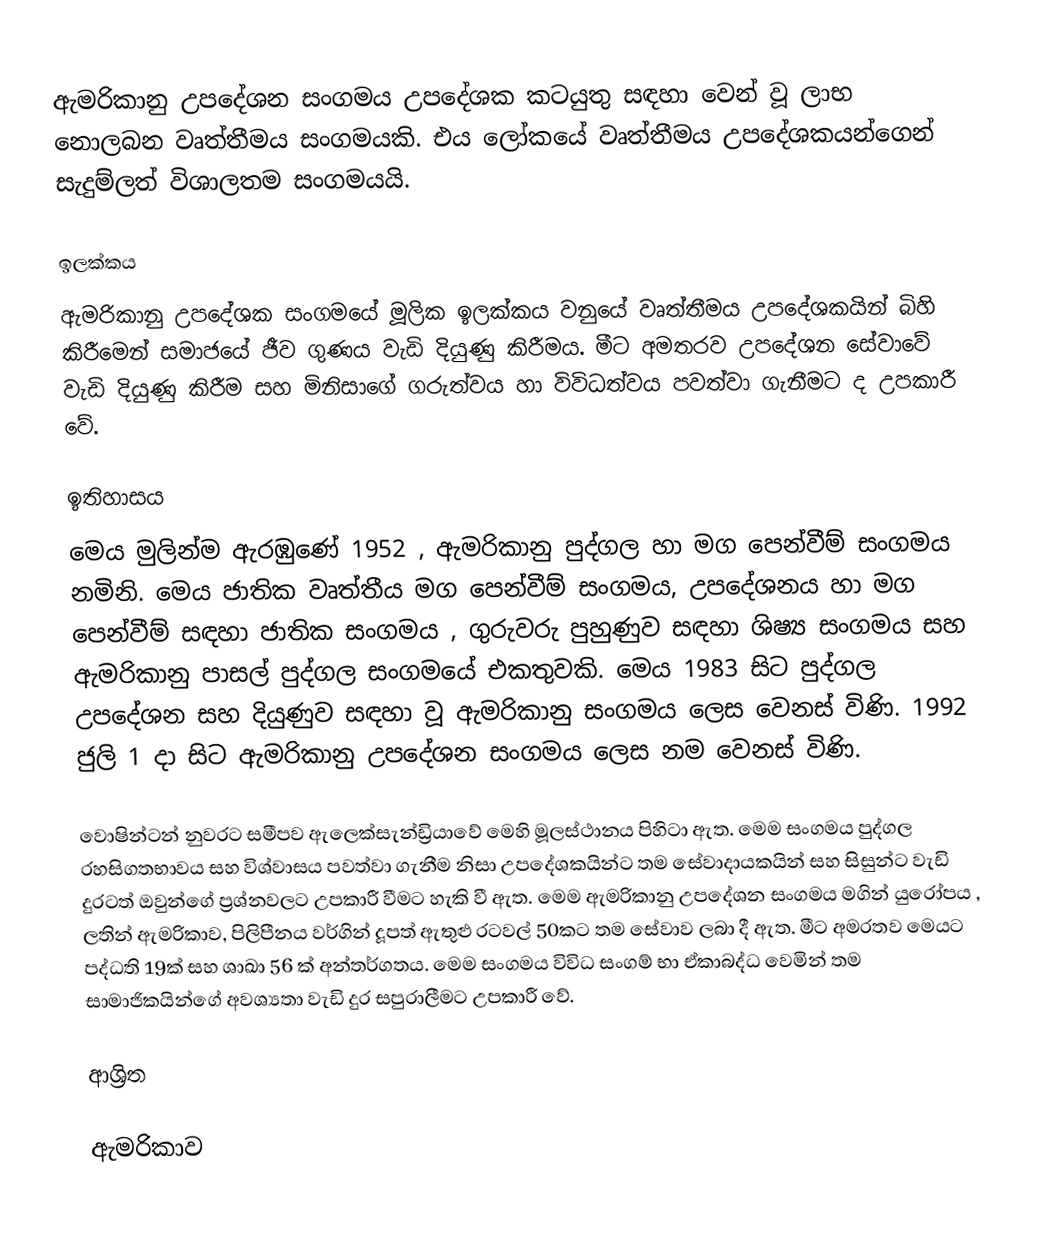
ඇමරිකානු උපදේශන සංගමය උපදේශක කටයුතු සඳහා වෙන් වූ ලාභ නොලබන වෘත්තීමය සංගමයකි. එය ලෝකයේ වෘත්තීමය උපදේශකයන්ගෙන් සැදුම්ලත් විශාලතම සංගමයයි.

ඉලක්කය
ඇමරිකානු උපදේශක සංගමයේ මූලික ඉලක්කය වනුයේ වෘත්තීමය උපදේශකයින් බිහි කිරීමෙන් සමාජයේ ජීව ගුණය වැඩි දියුණු කිරීමය. මීට අමතරව උපදේශන සේවාවේ වැඩි දියුණු කිරීම සහ මිනිසාගේ ගරුත්වය හා විවිධත්වය පවත්වා ගැනීමට ද උපකාරී වේ.

ඉතිහාසය
මෙය මුලින්ම ඇරඹුණේ 1952 , ඇමරිකානු පුද්ගල හා මග පෙන්වීම් සංගමය නමිනි. මෙය ජාතික වෘත්තීය මග පෙන්වීම් සංගමය, උපදේශනය හා මග පෙන්වීම් සඳහා ජාතික සංගමය , ගුරුවරු පුහුණුව සඳහා ශිෂ්‍ය සංගමය සහ ඇමරිකානු පාසල් පුද්ගල සංගමයේ එකතුවකි. මෙය 1983 සිට පුද්ගල උපදේශන සහ දියුණුව සඳහා වූ ඇමරිකානු සංගමය ලෙස වෙනස් විණි. 1992 ජුලි 1 දා සිට ඇමරිකානු උපදේශන සංගමය ලෙස නම වෙනස් විණි.

වොෂින්ටන් නුවරට සමීපව ඇලෙක්සැන්ඩ්‍රියාවේ මෙහි මූලස්ථානය පිහිටා ඇත. මෙම සංගමය පුද්ගල රහසිගතභාවය සහ විශ්වාසය පවත්වා ගැනීම නිසා උපදේශකයින්ට තම සේවාදායකයින් සහ සිසුන්ට වැඩි දුරටත් ඔවු‍න්ගේ ප්‍රශ්නවලට උපකාරී වීමට හැකි වී ඇත. මෙම ඇමරිකානු උපදේශන සංගමය මගින් යුරෝපය , ලතින් ඇමරිකාව, පිලිපීනය වර්ගින් දූපත් ඇතුළු රටවල් 50කට තම සේවාව ලබා දී ඇත. මීට අමරතව මෙයට පද්ධති 19ක් සහ ශාඛා 56 ක් අන්තර්ගතය. මෙම සංගමය විවිධ සංගම් භා ඒකාබද්ධ වෙමින් තම සාමාජිකයින්ගේ අවශ්‍යතා වැඩි දුර සපුරාලීමට උපකාරී වේ.

ආශ්‍රිත

ඇමරිකාව